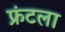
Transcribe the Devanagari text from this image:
फ्रंटला